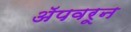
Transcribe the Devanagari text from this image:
अॅपवरून